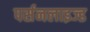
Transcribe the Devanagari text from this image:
पर्सनलाइज्ड